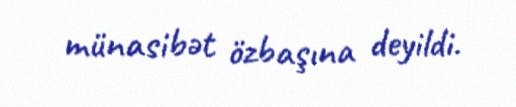
münasibət özbaşına deyildi.